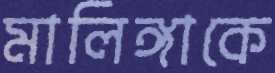
মালিঙ্গাকে